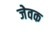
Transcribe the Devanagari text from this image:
जेवक